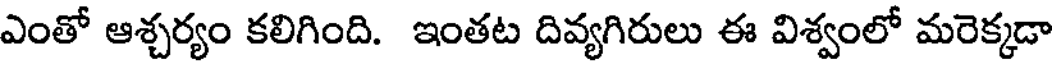
ఎంతో ఆశ్చర్యం కలిగింది. ఇంతట దివ్యగిరులు ఈ విశ్వంలో మరెక్కడా